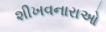
શીખવનારાઓ